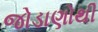
જોડાણોથી